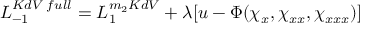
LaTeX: { \cal L } _ { - 1 } ^ { K d V \; f u l l } = { \cal L } _ { 1 } ^ { m _ { 2 } K d V } + \lambda [ u - \Phi ( \chi _ { x } , \chi _ { x x } , \chi _ { x x x } ) ]